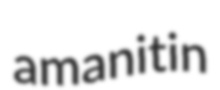
amanitin